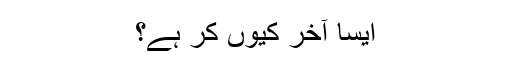
ایسا آخر کیوں کر ہے؟